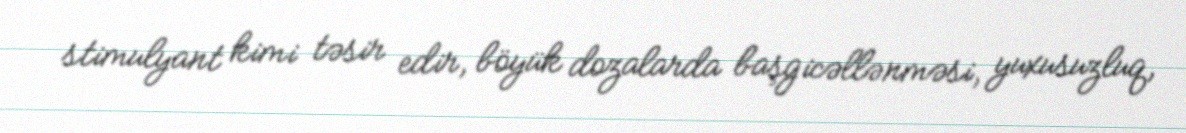
stimulyant kimi təsir edir, böyük dozalarda başgicəllənməsi, yuxusuzluq,